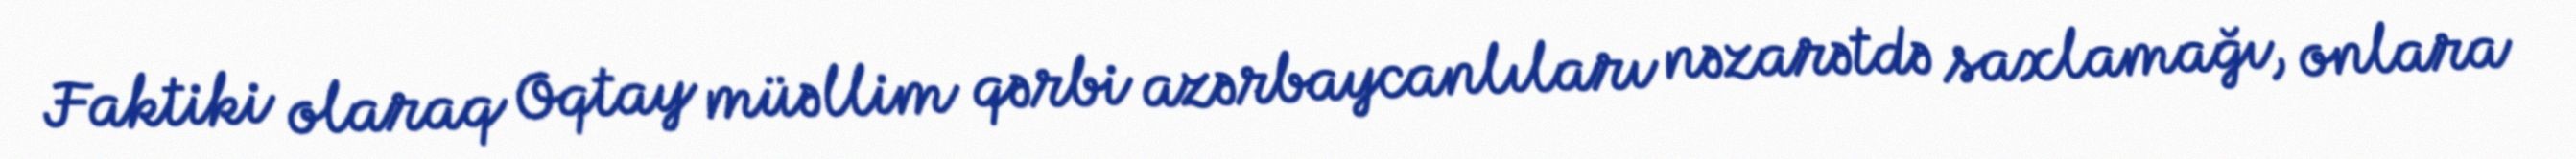
Faktiki olaraq Oqtay müəllim qərbi azərbaycanlıları nəzarətdə saxlamağı, onlara